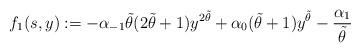
LaTeX: \begin{align*}f_1(s,y):=-\alpha_{-1}\tilde{\theta}(2\tilde{\theta}+1)y^{2\tilde{\theta}}+\alpha_0(\tilde{\theta}+1)y^{\tilde{\theta}}-\frac{\alpha_1}{\tilde{\theta}}\end{align*}